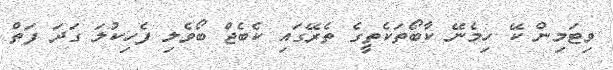
ވިޓަމިން ކޭ ހިމެނޭ ކާބޯތަކެތީގެ ތެރޭގައި ކެބެޖް ބޯވެލި ފެހިކުލަ ގަދަ ފަތް